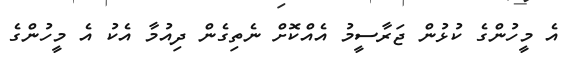
އެ މީހުންގެ ކުޅުން ޖަރާސީމު އެއްކޮށް ނެތިގެން ދިއުމާ އެކު އެ މީހުންގެ